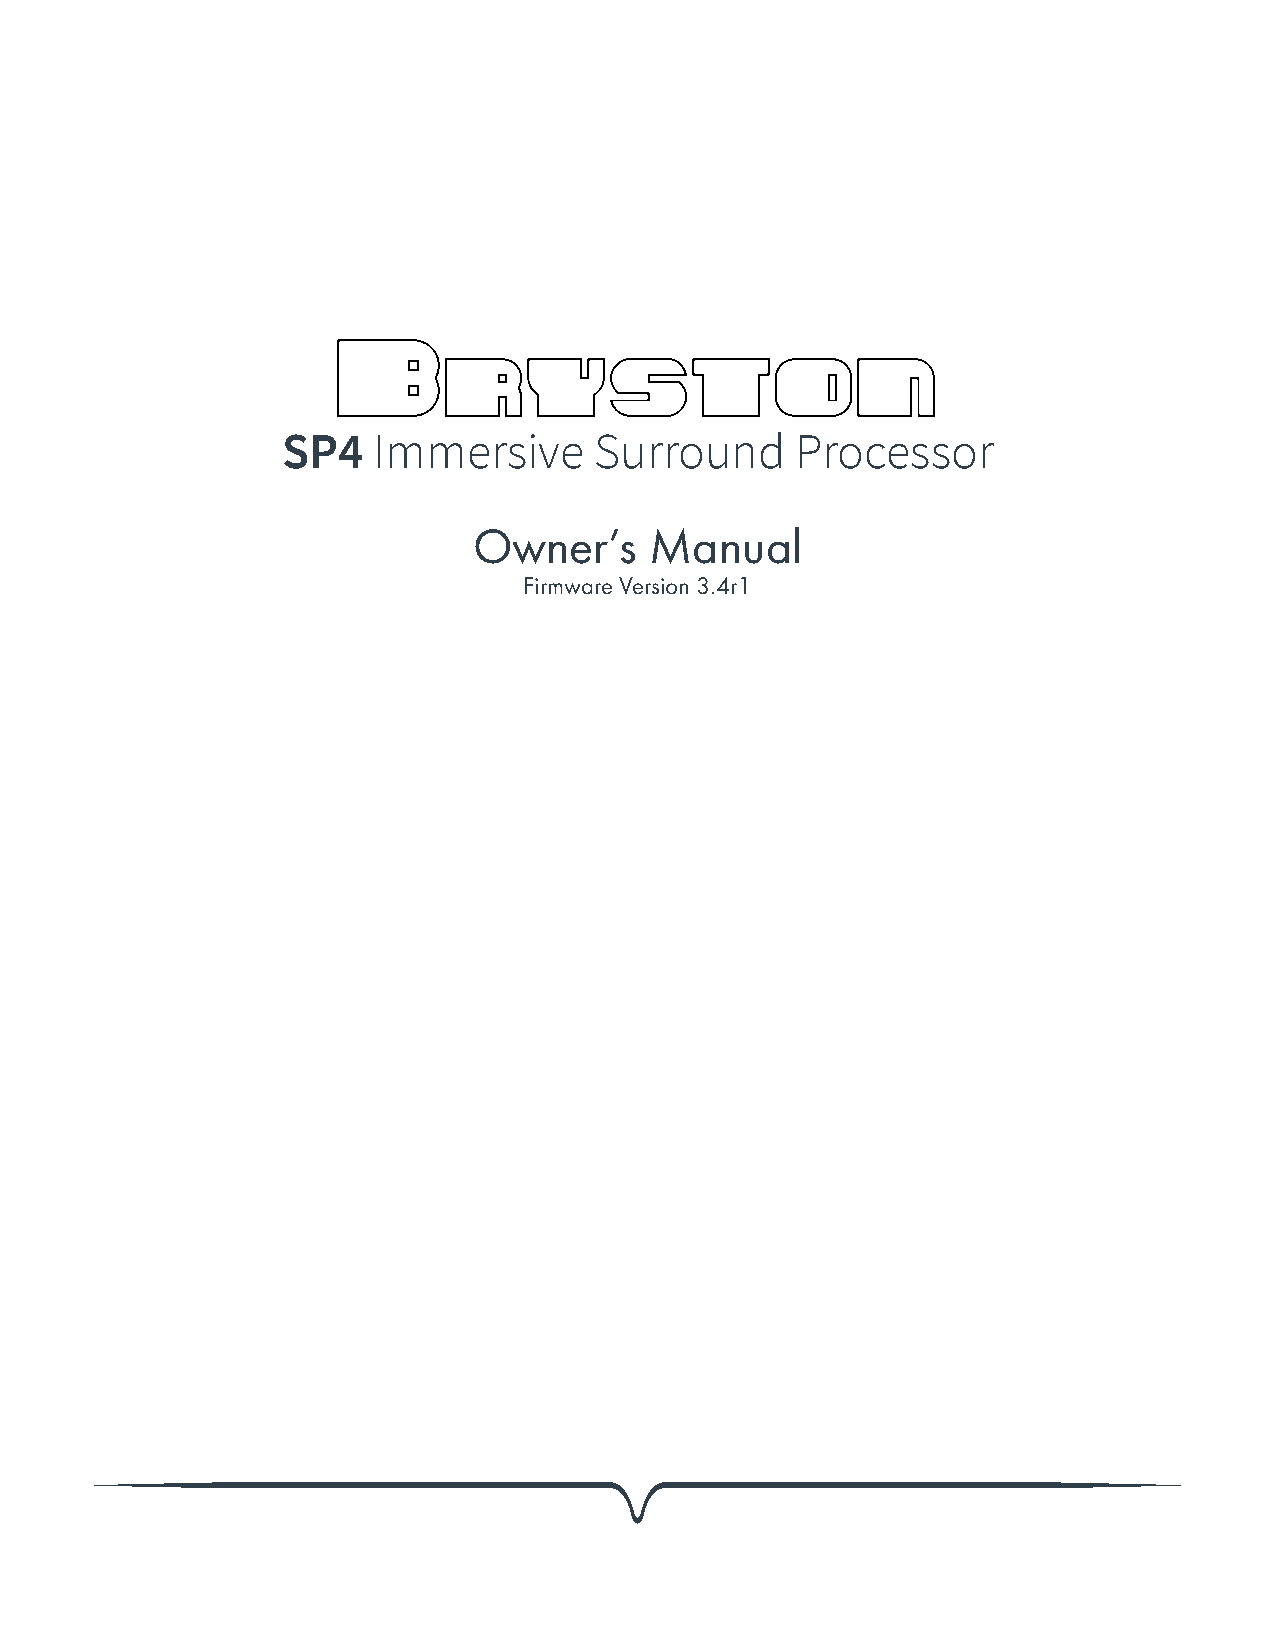
SP4   Immersive     Surround      Processor
 Owner’s     Manual
 Firmware Version 3.4r1